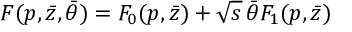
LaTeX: F ( p , \bar { z } , \bar { \theta } ) = F _ { 0 } ( p , \bar { z } ) + \sqrt { s } \, \bar { \theta } F _ { 1 } ( p , \bar { z } )